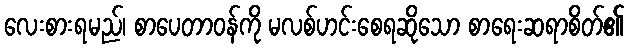
လေးစားရမည်၊ စာပေတာဝန်ကို မလစ်ဟင်းစေရဆိုသော စာရေးဆရာစိတ်၏